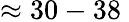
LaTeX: \approx 30-38\